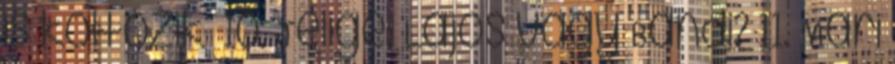
is költözik 10. Jelige: Lajos vagy Bandi? 11. Mari